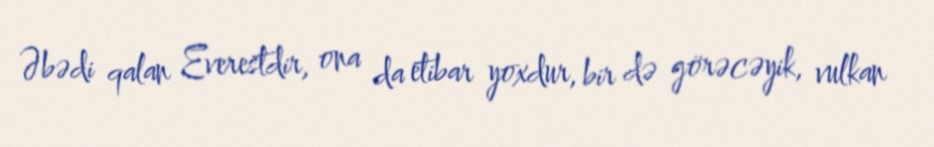
Əbədi qalan Everestdir, ona da etibar yoxdur, bir də görəcəyik, vulkan